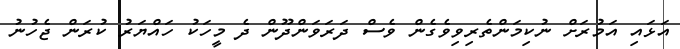
އަޅައި އަމުރަށް ނުކިމަންތެރިވިވެގެން ވެސް ދަރަވަންދޫން ދެ މީހަކު ހައްޔަރު ކުރަން ޖެހުނު